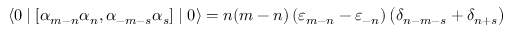
\langle 0 \mid \left[ { \alpha } _ { m - n } { \alpha } _ { n } , { \alpha } _ { - m - s } { \alpha } _ { s } \right] \mid 0 \rangle = n ( m - n ) \left( { \varepsilon } _ { m - n } - { \varepsilon } _ { - n } \right) \left( { \delta } _ { n - m - s } + { \delta } _ { n + s } \right)